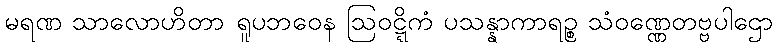
မရဏ သာလောဟိတာ ရူပဘဝေန ဩဝဋ္ဋိကံ ပသန္နာကာရဉ္စ သံဝဏ္ဏေတဗ္ဗပါဌော